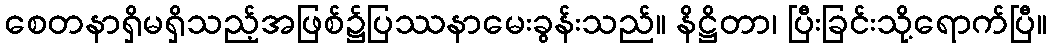
စေတနာရှိမရှိသည့်အဖြစ်၌ပြဿနာမေးခွန်းသည်။ နိဋ္ဌိတာ၊ ပြီးခြင်းသို့ရောက်ပြီ။